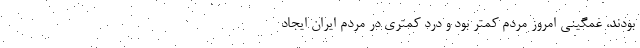
بودند، غمگینی امروز مردم کمتر بود و درد کمتری در مردم ایران ایجاد